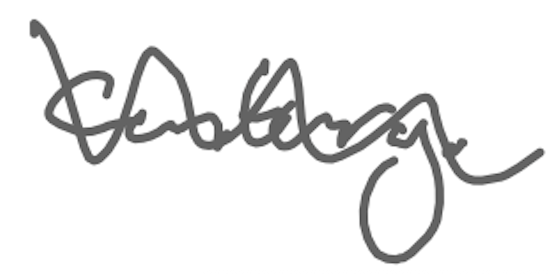
Text: century.
Cross-out: wave
Writing tool: digital_gray